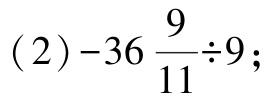
\((2)-36\frac{9}{11}\div9;\)